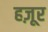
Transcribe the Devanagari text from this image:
हज़ूर